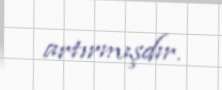
artırmışdır.